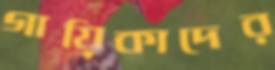
গায়িকাদের